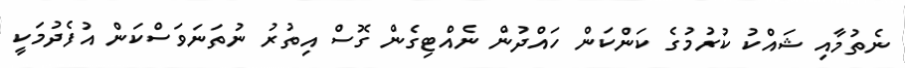
ނެތުމާއި ޝައްކު ކުރުމުގެ ކަންކަން ހައްދުން ނެއްޓިގެން ގޮސް އިތުރު ނުތަނަވަސްކަން އުފެދުމަކީ